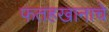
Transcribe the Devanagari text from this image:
फतहखानाचे